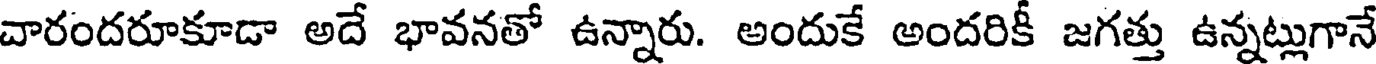
చారందరూకూడా అదే భావనతో ఉన్నారు. అందుకే అందరికీ జగత్తు ఉన్నట్లుగానే